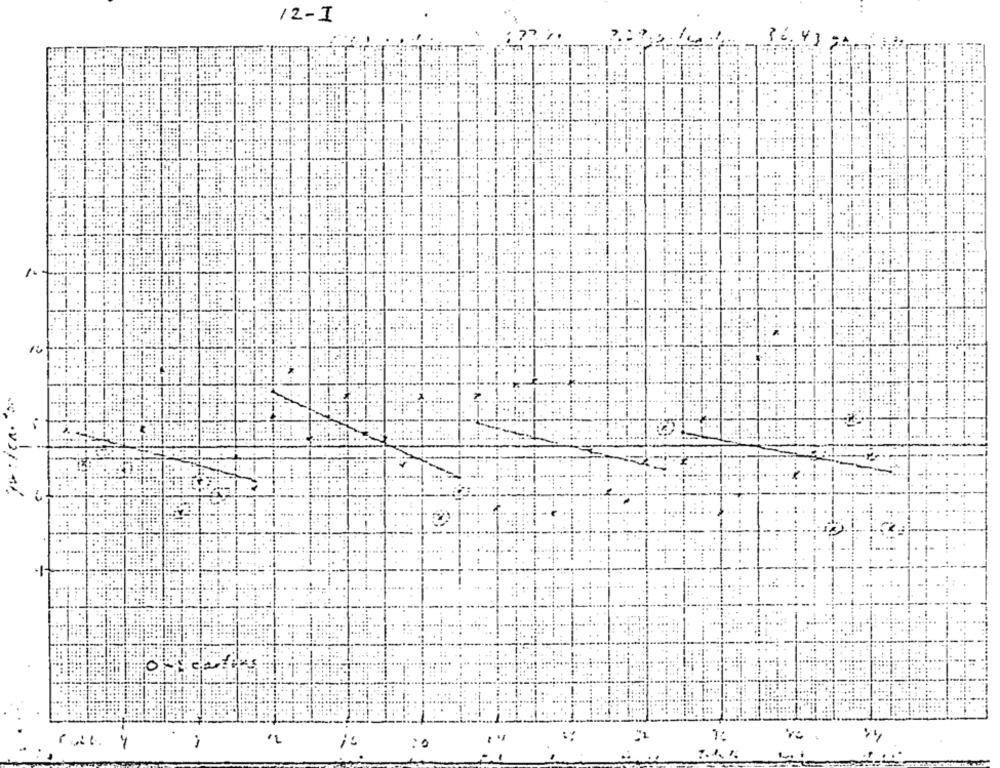
/2-I
36.43
1.
+1-
7,
--